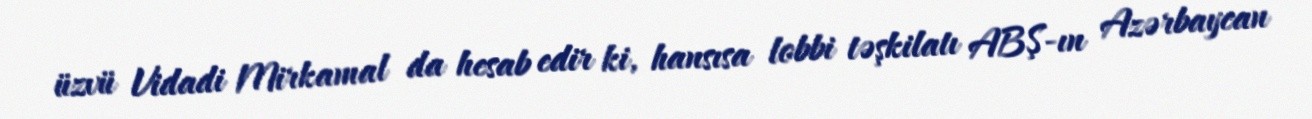
üzvü Vidadi Mirkamal da hesab edir ki, hansısa lobbi təşkilatı ABŞ-ın Azərbaycan